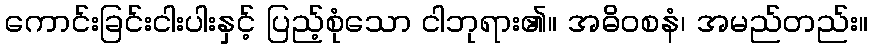
ကောင်းခြင်းငါးပါးနှင့် ပြည့်စုံသော ငါဘုရား၏။ အဓိဝစနံ၊ အမည်တည်း။